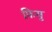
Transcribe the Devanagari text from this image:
फ़ियु